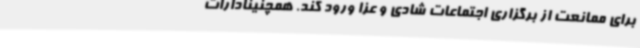
برای ممانعت از برگزاری اجتماعات شادی و عزا ورود کند. همچنینادارات